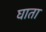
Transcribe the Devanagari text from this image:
घाता